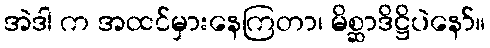
အဲဒါ က အထင်မှားနေကြတာ၊ မိစ္ဆာဒိဋ္ဌိပဲနော်။